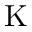
\mathrm { K }